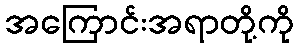
အကြောင်းအရာတို့ကို